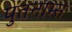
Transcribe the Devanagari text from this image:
पुतनाम्स